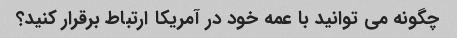
چگونه می توانید با عمه خود در آمریکا ارتباط برقرار کنید؟